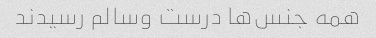
همه جنس‌ها درست وسالم رسیدند